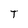
Character: T